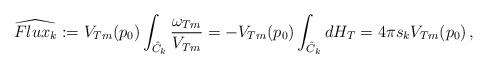
LaTeX: \begin{align*}\widehat{Flux_k}:=V_{Tm}(p_0)\int_{\hat C_k}\frac{\omega_{Tm}}{V_{Tm}}= -V_{Tm}(p_0)\int_{\hat C_k}dH_T=4\pi s_k V_{Tm}(p_0)\,,\end{align*}